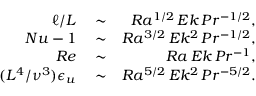
\begin{array} { r l r } { \ell / L } & { { } \sim } & { R a ^ { 1 / 2 } \, E k \, P r ^ { - 1 / 2 } , } \\ { N u - 1 } & { { } \sim } & { R a ^ { 3 / 2 } \, E k ^ { 2 } \, P r ^ { - 1 / 2 } , } \\ { R e } & { { } \sim } & { R a \, E k \, P r ^ { - 1 } , } \\ { ( L ^ { 4 } / \nu ^ { 3 } ) \epsilon _ { u } } & { { } \sim } & { R a ^ { 5 / 2 } \, E k ^ { 2 } \, P r ^ { - 5 / 2 } . } \end{array}